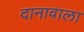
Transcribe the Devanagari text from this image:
दानावाला